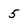
Character: 5